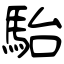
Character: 駘